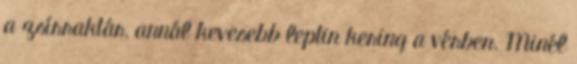
a zsírraktár, annál kevesebb leptin kering a vérben. Minél